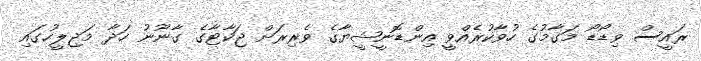
ރައީސް ވިޑޯޑޯ މަގާމުގެ ހުވާކުރެއްވީ އިންޑޮނީޝީޔާގެ ވެރިރަށް ޖަކާޓާގެ ގާނޫނު ހަދާ މަޖިލީހުގައި